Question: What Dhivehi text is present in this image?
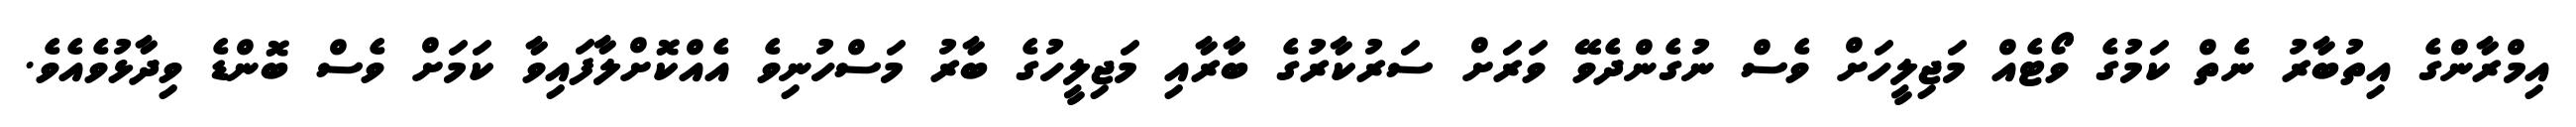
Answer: އިމްރާންގެ އިތުބާރު ނެތް ކަމުގެ ވޯޓެއް މަޖިލީހަށް ވެސް ނުގެންދެވޭ ވަރަށް ސަރުކާރުގެ ބާރާއި މަޖިލީހުގެ ބާރު މަސްހުނިވެ އެއްކޮށްލާފައިވާ ކަމަށް ވެސް ބޮންޑެ ވިދާޅުވެއެވެ.